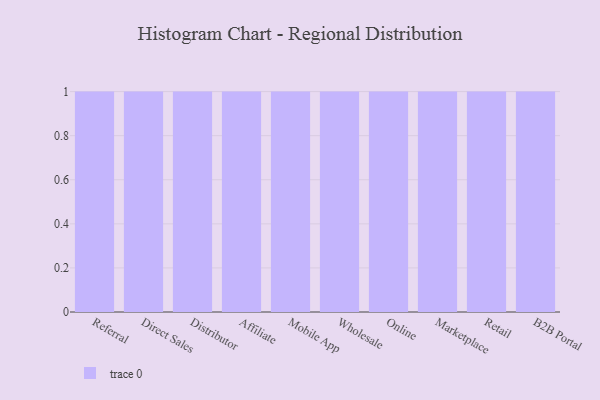
{"axis": {"x": "Channel", "y": "Customer Acquisition Cost (USD)"}, "legend": [""], "data": [{"x": "Referral", "y": 59, "type": ""}, {"x": "Direct Sales", "y": 81, "type": ""}, {"x": "Distributor", "y": 87, "type": ""}, {"x": "Affiliate", "y": 65, "type": ""}, {"x": "Mobile App", "y": 38, "type": ""}, {"x": "Wholesale", "y": 92, "type": ""}, {"x": "Online", "y": 33, "type": ""}, {"x": "Marketplace", "y": 38, "type": ""}, {"x": "Retail", "y": 94, "type": ""}, {"x": "B2B Portal", "y": 77, "type": ""}]}